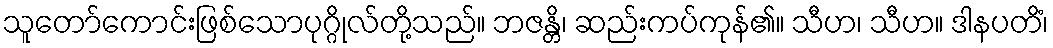
သူတော်ကောင်းဖြစ်သောပုဂ္ဂိုလ်တို့သည်။ ဘဇန္တိ၊ ဆည်းကပ်ကုန်၏။ သီဟ၊ သီဟ။ ဒါနပတိံ၊